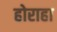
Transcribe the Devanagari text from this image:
होराहा